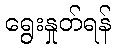
ရွေးနှုတ်ရန်